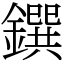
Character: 鐉